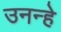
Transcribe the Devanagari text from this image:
उनन्हे